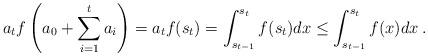
LaTeX: \begin{align*}a_t f\left(a_0+ \sum_{i=1}^{t} a_i\right) = a_t f(s_t) = \int_{s_{t-1}}^{s_t} f(s_t) d x \le \int_{s_{t-1}}^{s_t} f(x) dx \: .\end{align*}